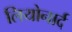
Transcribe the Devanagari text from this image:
लियोनार्द